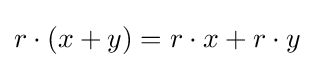
r\cdot (x+y)=r\cdot x+r\cdot y